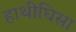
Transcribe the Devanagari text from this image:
हाथीघिसा